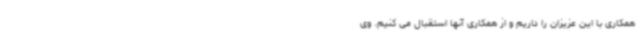
همکاری با این عزیزان را داریم و از همکاری آنها استقبال می کنیم. وی